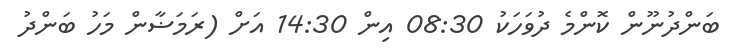
ބަންދުނޫން ކޮންމެ ދުވަހަކު 08:30 އިން 14:30 އަށް (ރަމަޟާން މަހު ބަންދު